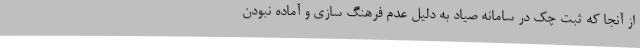
از آنجا که ثبت چک در سامانه صیاد به دلیل عدم فرهنگ سازی و آماده نبودن